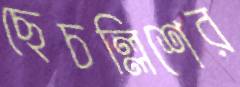
ছেচল্লিশের